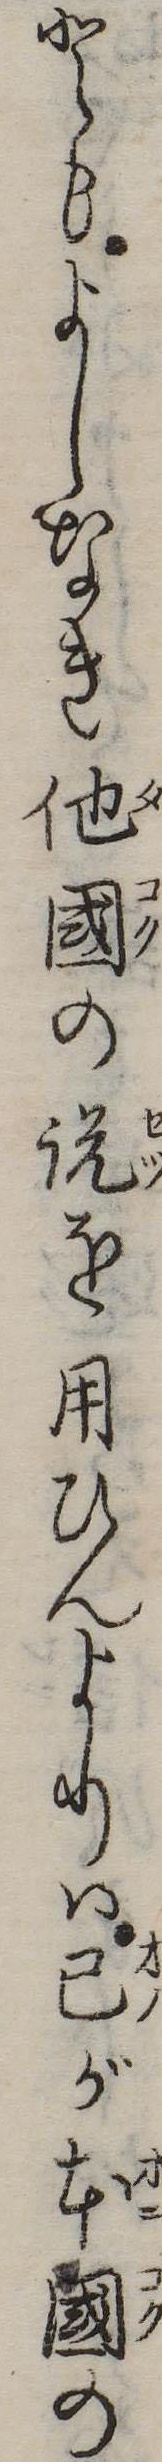
ともよしなき他国の説を用ひんよりは己が本国の